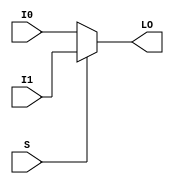
// $Header: /devl/xcs/repo/env/Databases/CAEInterfaces/verunilibs/data/unisims/MUXF5_L.v,v 1.11 2007/08/23 23:00:26 yanx Exp $
///////////////////////////////////////////////////////////////////////////////
// Copyright (c) 1995/2004 Xilinx, Inc.
// All Right Reserved.
///////////////////////////////////////////////////////////////////////////////
//   ____  ____
//  /   /\/   /
// /___/  \  /    Vendor : Xilinx
// \   \   \/     Version : 10.1
//  \   \         Description : Xilinx Functional Simulation Library Component
//  /   /                  2-to-1 Lookup Table Multiplexer with Local Output
// /___/   /\     Filename : MUXF5_L.v
// \   \  /  \    Timestamp : Thu Mar 25 16:42:55 PST 2004
//  \___\/\___\
//
// Revision:
//    03/23/04 - Initial version.
//    02/04/05 - Rev 0.0.1 Remove input/output bufs; Remove unnessasary begin/end;
//    05/10/07 - When input same, output same for any sel value. (CR434611).
//    08/23/07 - User block statement (CR446704).
// End Revision

`timescale  1 ps / 1 ps

module MUXF5_L (LO, I0, I1, S);

    output LO;
    reg    LO;

    input  I0, I1, S;

	always @(I0 or I1 or S) 
	    if (S)
		LO = I1;
	    else
		LO = I0;
endmodule